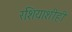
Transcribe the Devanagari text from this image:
रशियाशीही